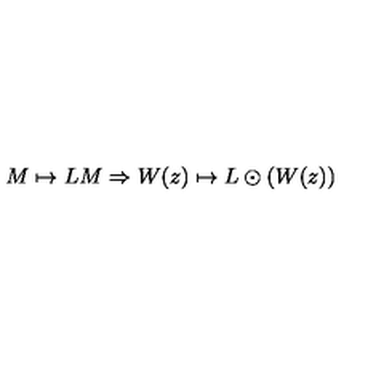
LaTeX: M \mapsto L M \Rightarrow W ( z ) \mapsto L \odot ( W ( z ) )